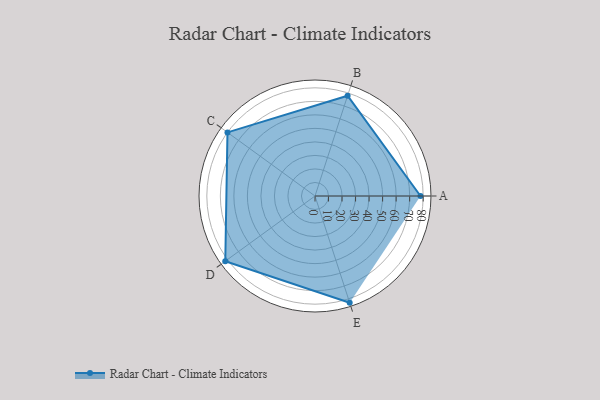
{"axis": {"x": "Skill", "y": "Score"}, "legend": ["Profile"], "data": [{"x": "A", "y": 78.0, "type": "Profile"}, {"x": "B", "y": 78.0, "type": "Profile"}, {"x": "C", "y": 80.0, "type": "Profile"}, {"x": "D", "y": 82.0, "type": "Profile"}, {"x": "E", "y": 83.0, "type": "Profile"}]}